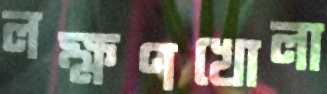
লক্ষণখোলা